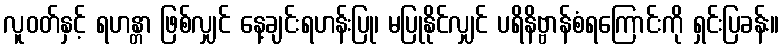
လူဝတ်နှင့် ရဟန္တာ ဖြစ်လျှင် နေ့ချင်းရဟန်းပြု၊ မပြုနိုင်လျှင် ပရိနိဗ္ဗာန်စံရကြောင်းကို ရှင်းပြခန်း။